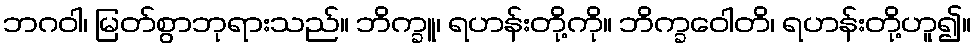
ဘဂဝါ၊ မြတ်စွာဘုရားသည်။ ဘိက္ခူ၊ ရဟန်းတို့ကို။ ဘိက္ခဝေါတိ၊ ရဟန်းတို့ဟူ၍။